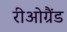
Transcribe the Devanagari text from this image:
रीओग्रैंड